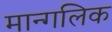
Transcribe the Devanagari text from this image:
मान्गलिक